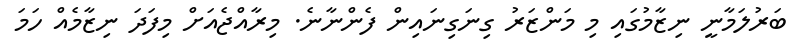
ބަރުލަމާނީ ނިޒާމުގައި މި މަންޒަރު ގިނަގިނައިން ފެންނާނެ. މިރާއްޖެއަށް މިފަދަ ނިޒާމެއް ހަމަ